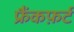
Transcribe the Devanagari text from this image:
फ्रैंकफ़र्ट